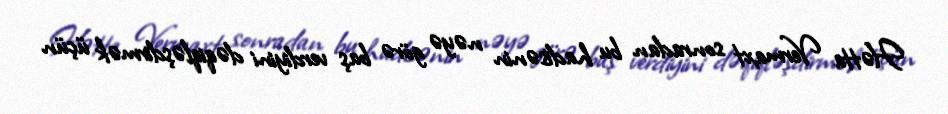
Hətta Vermaxt sonradan bu hadisənin nəyə görə baş verdiyini dəqiqləşdirmək üçün